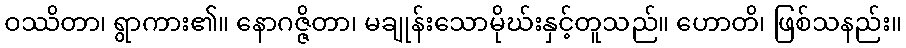
ဝဿိတာ၊ ရွာကား၏။ နောဂဇ္ဇိတာ၊ မချုန်းသောမိုဃ်းနှင့်တူသည်။ ဟောတိ၊ ဖြစ်သနည်း။